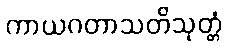
ကာယဂတာသတိသုတ္တံ